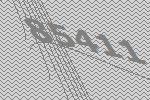
85411